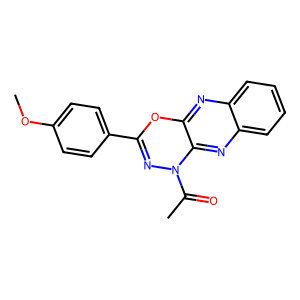
SMILES: COc1ccc(C2=NN(C(C)=O)c3nc4ccccc4nc3O2)cc1
Inhibits HIV replication: No